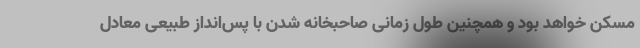
مسکن خواهد بود و همچنین طول زمانی صاحبخانه شدن با پس‌انداز طبیعی معادل